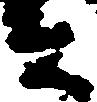
者